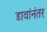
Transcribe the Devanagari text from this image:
डावांनंतर